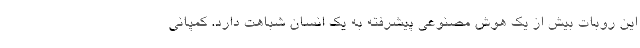
این روبات بیش از یک هوش مصنوعی پیشرفته به یک انسان شباهت دارد. کمپانی